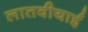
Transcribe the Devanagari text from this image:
लातवीयाई